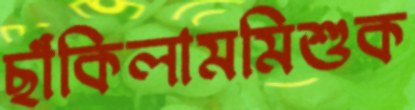
ছাঁকিলামমিশুক